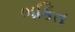
ભકિત